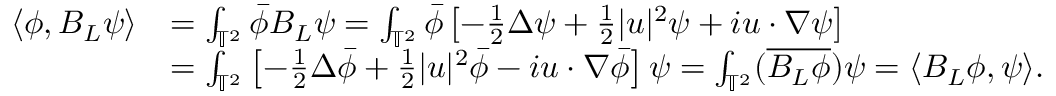
\begin{array} { r l } { \langle \phi , B _ { L } \psi \rangle } & { = \int _ { \mathbb { T } ^ { 2 } } \Bar { \phi } B _ { L } \psi = \int _ { \mathbb { T } ^ { 2 } } \Bar { \phi } \left[ - \frac { 1 } { 2 } \Delta \psi + \frac { 1 } { 2 } \lvert u \rvert ^ { 2 } \psi + i u \cdot \nabla \psi \right] } \\ & { = \int _ { \mathbb { T } ^ { 2 } } \left[ - \frac { 1 } { 2 } \Delta \Bar { \phi } + \frac { 1 } { 2 } \lvert u \rvert ^ { 2 } \Bar { \phi } - i u \cdot \nabla \Bar { \phi } \right] \psi = \int _ { \mathbb { T } ^ { 2 } } ( \overline { { B _ { L } \phi } } ) \psi = \langle B _ { L } \phi , \psi \rangle . } \end{array}